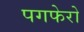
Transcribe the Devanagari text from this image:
पगफेरो